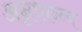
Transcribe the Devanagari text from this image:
अन्नधान्न्य